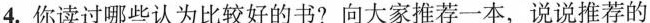
4. 你读过哪此认为比较好的书？向大家摊荐一本，说说推荐的